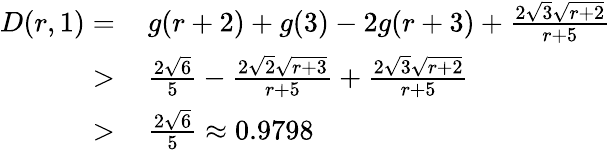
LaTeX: \begin{array}{rl}{D(r,1)=}&{\, g(r+2)+g(3)-2g(r+3)+\frac{2\sqrt{3}\sqrt{r+2}}{r+5}}\\ {>}&{\, \frac{2\sqrt{6}}{5}-\frac{2\sqrt{2}\sqrt{r+3}}{r+5}+\frac{2\sqrt{3}\sqrt{r+2}}{r+5}}\\ {>}&{\, \frac{2\sqrt{6}}{5}\approx 0.9798}\end{array}